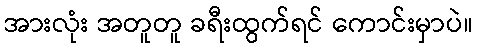
အားလုံး အတူတူ ခရီးထွက်ရင် ကောင်းမှာပဲ။